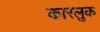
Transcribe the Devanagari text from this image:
कारलुक